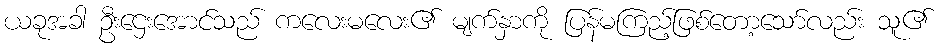
ယခုအခါ ဦးဌေးအောင်သည် ကလေးမလေး၏ မျက်နှာကို ပြန်မကြည့်ဖြစ်တော့သော်လည်း သူ၏